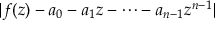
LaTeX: | f ( z ) - a _ { 0 } - a _ { 1 } z - \cdots - a _ { n - 1 } z ^ { n - 1 } |